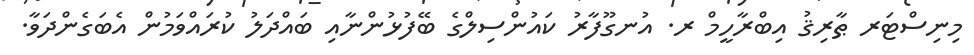
މިނިސްޓަރ ޠާރިޤު އިބްރާހީމް ރ. އުނގޫފާރު ކައުންސިލްގެ ބޭފުޅުންނާއި ބައްދަލު ކުރައްވަމުން އެބަގެންދަވާ.